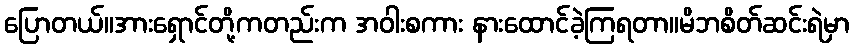
ပြောတယ်။အားရှောင်တို့ကတည်းက အဝါးစကား နားထောင်ခဲ့ကြရတာ။မိဘစိတ်ဆင်းရဲမှာ